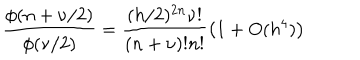
\frac { \phi ( n + \nu / 2 ) } { \phi ( \nu / 2 ) } = \frac { ( h / 2 ) ^ { 2 n } \nu ! } { ( n + \nu ) ! n ! } \left( 1 + O ( h ^ { 4 } ) \right)